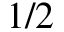
1 / 2